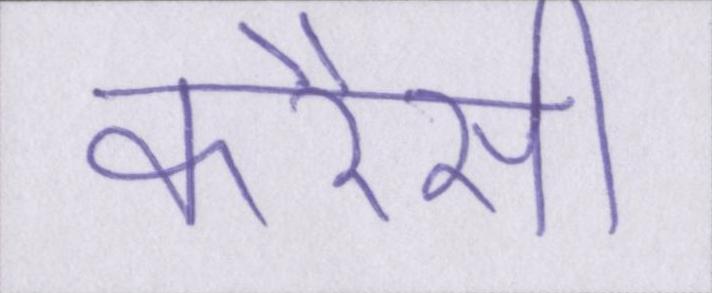
करैंसी